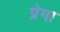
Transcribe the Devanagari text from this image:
प्रेगा